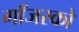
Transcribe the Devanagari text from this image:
गाँजरको